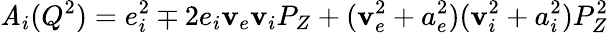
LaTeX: \mathit{A}_{i}(Q^{2})=e_{i}^{2}\mp2e_{i}\mathbf{v}_{e}\mathbf{v}_{i}P_{Z}+(\mathbf{v}_{e}^{2}+a_{e}^{2})(\mathbf{v}_{i}^{2}+a_{i}^{2})P_{Z}^{2}